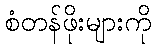
စံတန်ဖိုးများကို